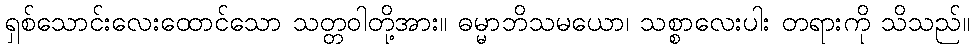
ရှစ်သောင်းလေးထောင်သော သတ္တဝါတို့အား။ ဓမ္မာဘိသမယော၊ သစ္စာလေးပါး တရားကို သိသည်။